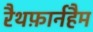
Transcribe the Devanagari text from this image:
रैथफ़ार्नहैम